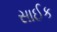
સાઈક